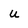
Character: U